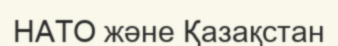
НАТО және Қазақстан